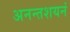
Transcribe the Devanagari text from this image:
अनन्तशयनं